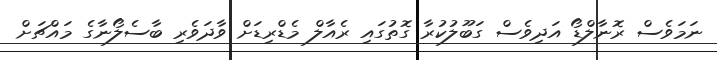
ނަމަވެސް ރޮނާލްޑޯ އަދިވެސް ގަބޫލުކުރާ ގޮތުގައި ރެއާލް މެޑްރިޑަށް ވާދަވެރި ބާސެލޯނާގެ މައްޗަށް